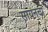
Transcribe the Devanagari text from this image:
सायनचा